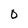
Character: 0